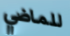
للماضي